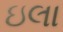
ઇલા